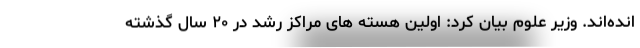
انده‌اند. وزیر علوم بیان کرد: اولین هسته های مراکز رشد در ۲۰ سال گذشته